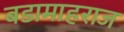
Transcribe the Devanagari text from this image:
बडामाहराज